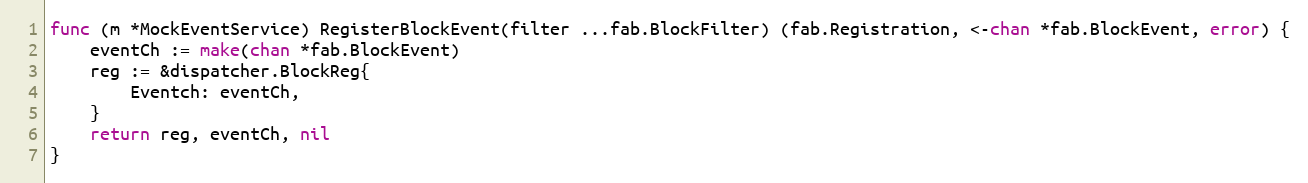
Language: Go
func (m *MockEventService) RegisterBlockEvent(filter ...fab.BlockFilter) (fab.Registration, <-chan *fab.BlockEvent, error) {
	eventCh := make(chan *fab.BlockEvent)
	reg := &dispatcher.BlockReg{
		Eventch: eventCh,
	}
	return reg, eventCh, nil
}